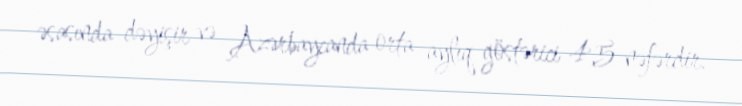
əsasında dəyişir və Azərbaycanda orta aylıq göstərici 4,5 nəfərdir.